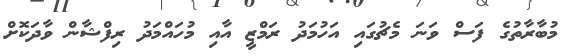
މުބާރާތުގެ ފަސް ވަނަ މެޗުގައި އަހުމަދު ރަމްޒީ އާއި މުހައްމަދު ރިފްޝާން ވާދަކޮށް